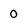
Character: 0